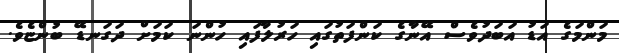
މަންމަގެ އަޑު އަބަދުވެސް އޭނާގެ ކަންފަތުގައި ހަރުލާފައި ހުންނަ ކަމަށް ދަގަނޑޭ ބުންޏެވެ.